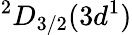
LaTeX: {^2D}_{3/2}(3d^{1})